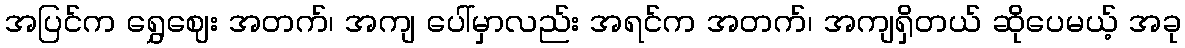
အပြင်က ရွှေဈေး အတက်၊ အကျ ပေါ်မှာလည်း အရင်က အတက်၊ အကျရှိတယ် ဆိုပေမယ့် အခု